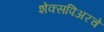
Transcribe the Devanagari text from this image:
शेक्सपिअरचे